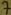
Text: 7